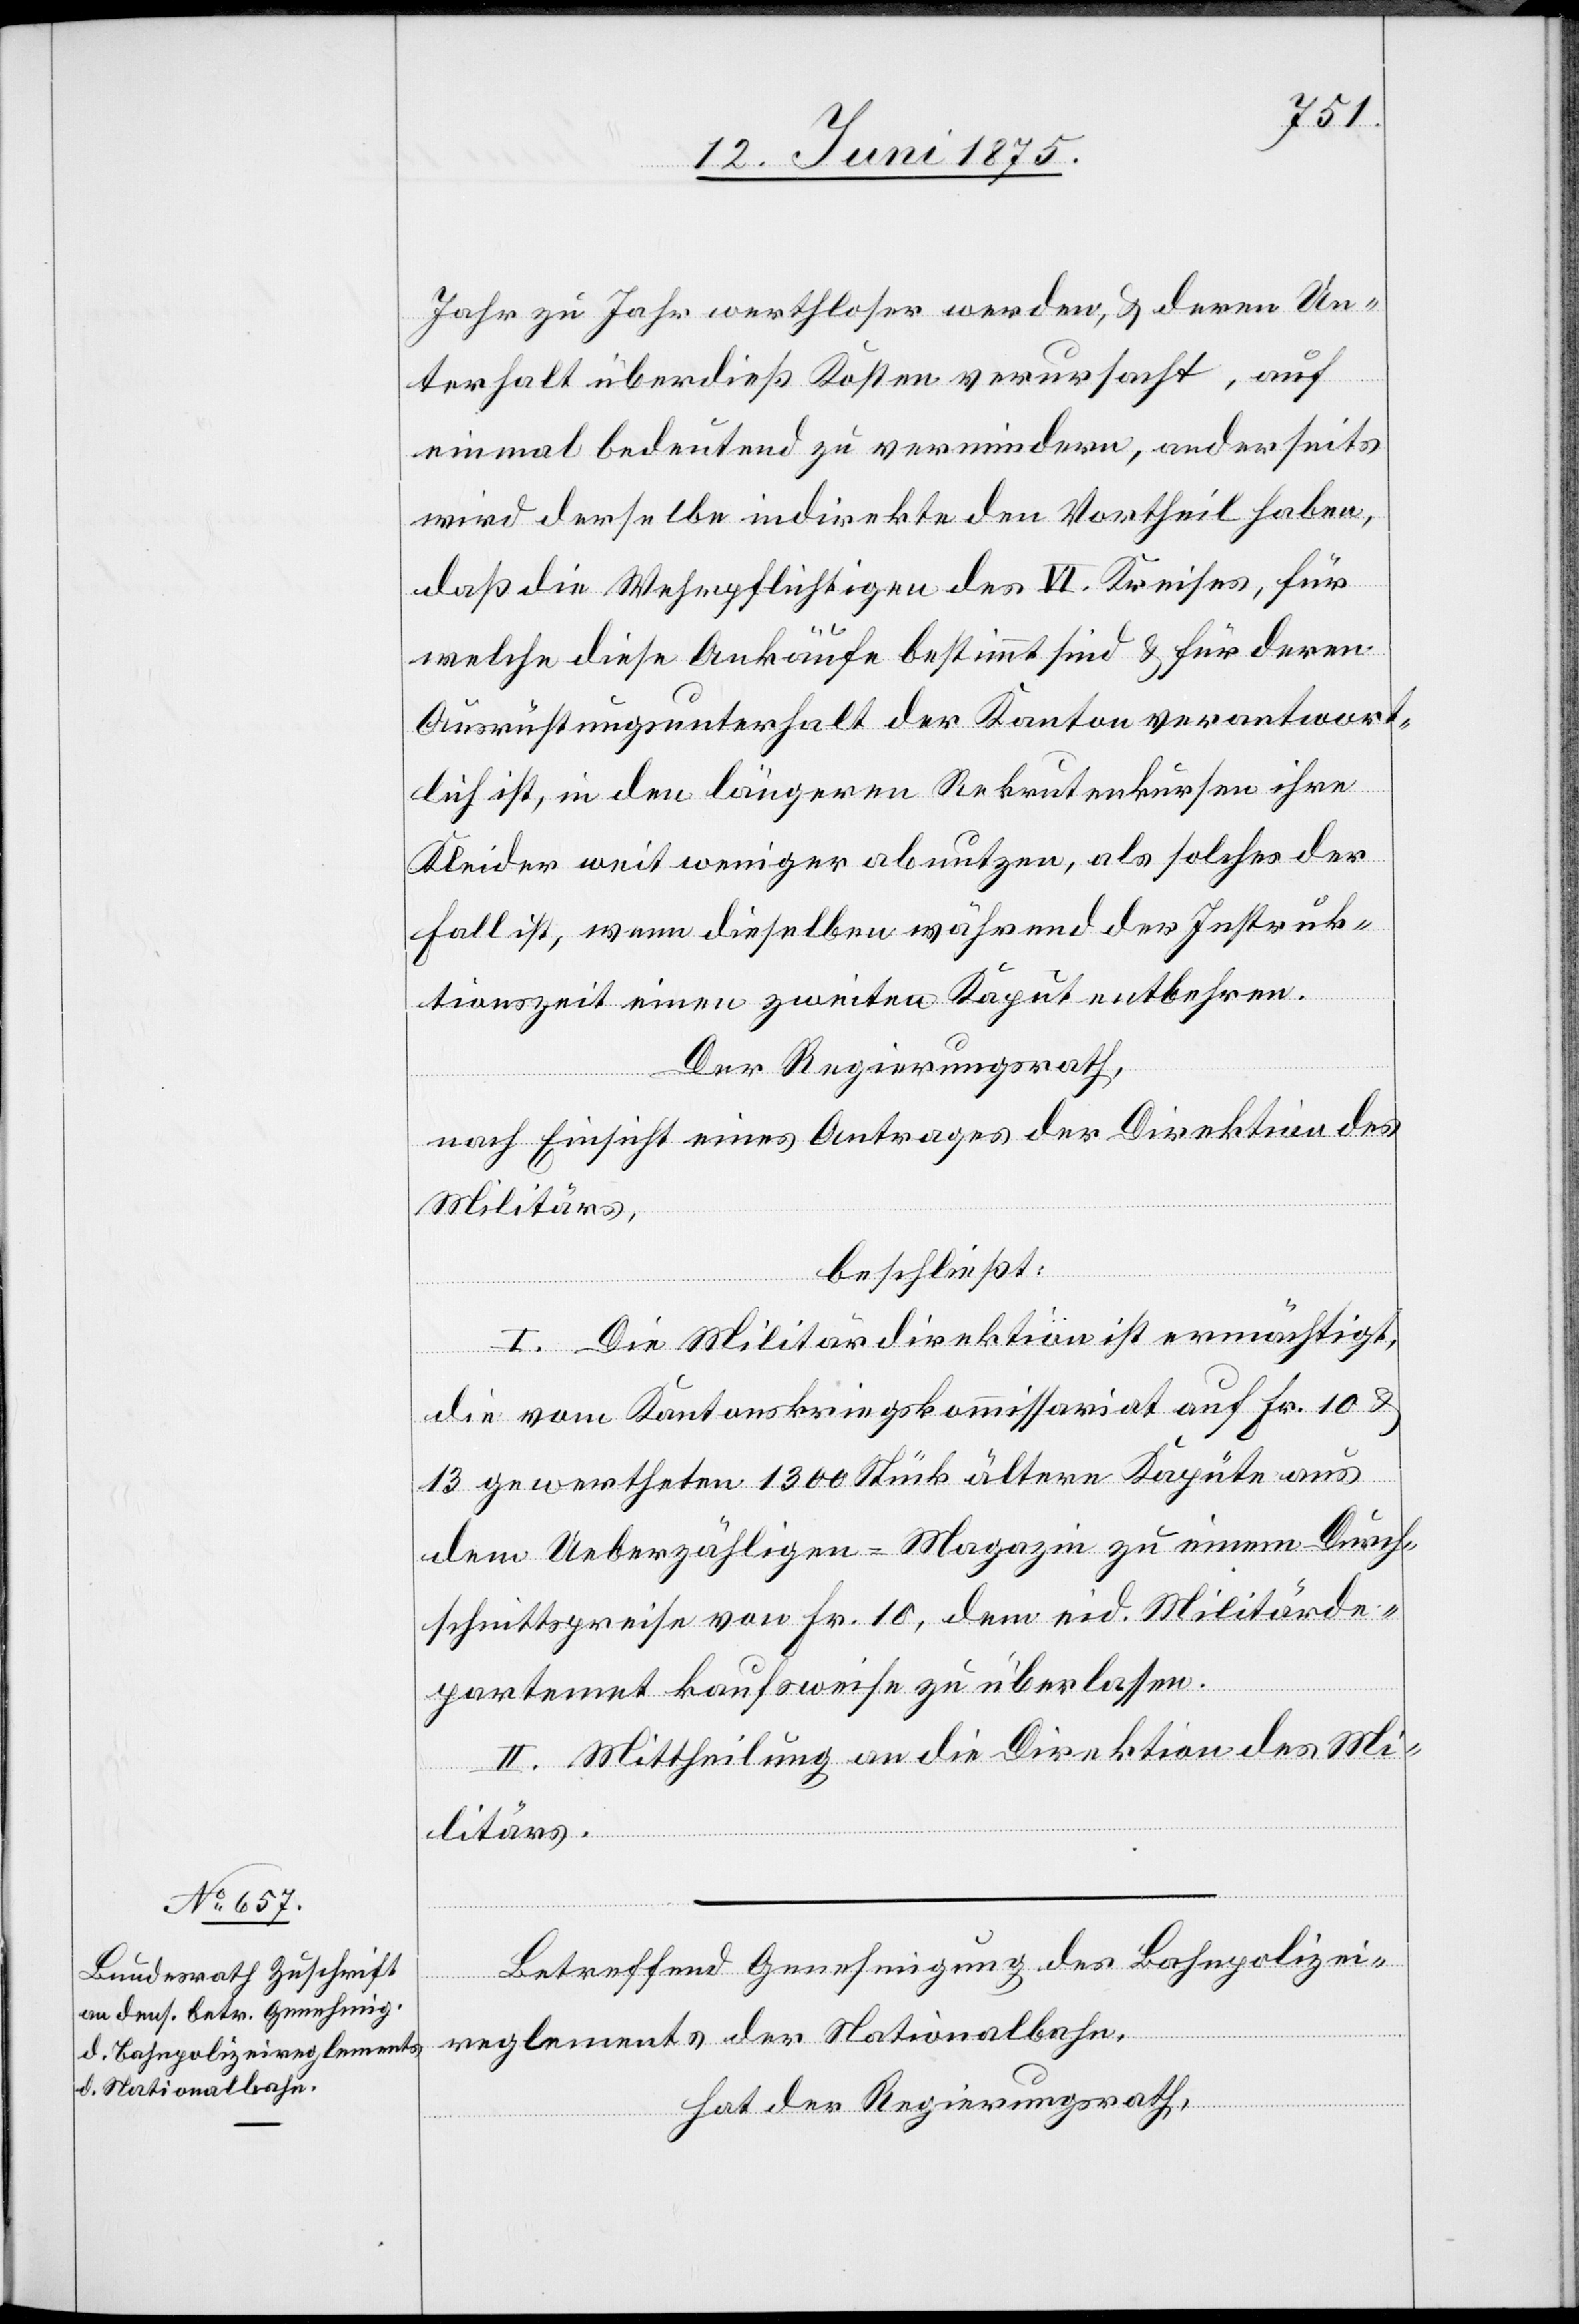
Jahr zu Jahr werthloser werden, & deren Un¬
terhalt überdieß Kosten verursacht, auf
einmal bedeutend zu vermindern, anderseits
wird derselbe indirekte den Vortheil haben,
daß die Wehrpflichtigen des VI. Kreises, für
welche diese Ankäufe bestimmt sind & für deren
Ausrüstungsunterhalt der Kanton verantwort¬
lich ist, in den längeren Rekrutenkursen ihre
Kleider weit weniger abnutzen, als solches der
Fall ist, wenn dieselben während der Instruk¬
tionszeit einen zweiten Kajut entbehren.
Der Regierungsrath,
nach Einsicht eines Antrages der Direktion des
Militärs,
beschließt:
I. Die Militärdirektion ist ermächtigt,
die vom Kantonskriegskommissariat auf Fr. 10 &
13 gewertheten 1300 Stück ältere Kajüte aus
dem Ueberzähligen-Magazin zu einem Durch¬
schnittspreise von Fr. 10, dem eid. Militärde¬
partement kaufsweise zu überlassen.
II. Mittheilung an die Direktion des Mi¬
litärs.
Betreffend Genehmigung des Bahnpolizei¬
reglements der Nationalbahn,
hat der Regierungsrath,